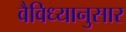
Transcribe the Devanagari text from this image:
वैविध्यानुसार